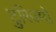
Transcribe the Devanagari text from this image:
टुरिज्मो